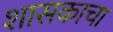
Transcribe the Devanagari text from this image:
शासकाचा